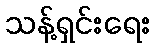
သန့်ရှင်းရေး